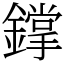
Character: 鐣